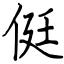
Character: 侹